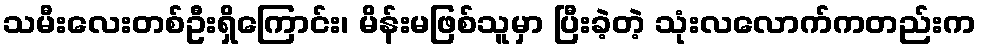
သမီးလေးတစ်ဦးရှိကြောင်း၊ မိန်းမဖြစ်သူမှာ ပြီးခဲ့တဲ့ သုံးလလောက်ကတည်းက